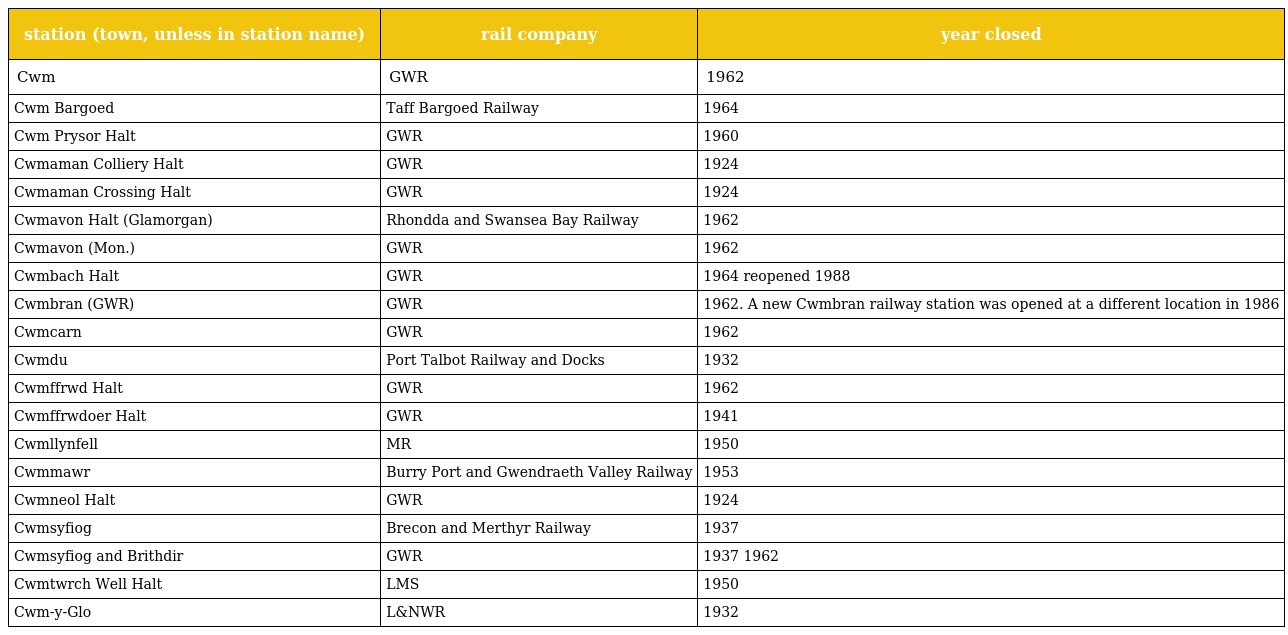
| station (town, unless in station name) | rail company | year closed |
 | --- | --- | --- |
 | Cwm | GWR | 1962 |
 | Cwm Bargoed | Taff Bargoed Railway | 1964 |
 | Cwm Prysor Halt | GWR | 1960 |
 | Cwmaman Colliery Halt | GWR | 1924 |
 | Cwmaman Crossing Halt | GWR | 1924 |
 | Cwmavon Halt (Glamorgan) | Rhondda and Swansea Bay Railway | 1962 |
 | Cwmavon (Mon.) | GWR | 1962 |
 | Cwmbach Halt | GWR | 1964 reopened 1988 |
 | Cwmbran (GWR) | GWR | 1962. A new Cwmbran railway station was opened at a different location in 1986 |
 | Cwmcarn | GWR | 1962 |
 | Cwmdu | Port Talbot Railway and Docks | 1932 |
 | Cwmffrwd Halt | GWR | 1962 |
 | Cwmffrwdoer Halt | GWR | 1941 |
 | Cwmllynfell | MR | 1950 |
 | Cwmmawr | Burry Port and Gwendraeth Valley Railway | 1953 |
 | Cwmneol Halt | GWR | 1924 |
 | Cwmsyfiog | Brecon and Merthyr Railway | 1937 |
 | Cwmsyfiog and Brithdir | GWR | 1937 1962 |
 | Cwmtwrch Well Halt | LMS | 1950 |
 | Cwm-y-Glo | L&NWR | 1932 |